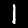
Label: 1